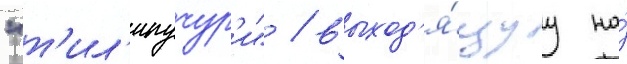
"т'ил'ипучур'и" / выход'я́щуу на́